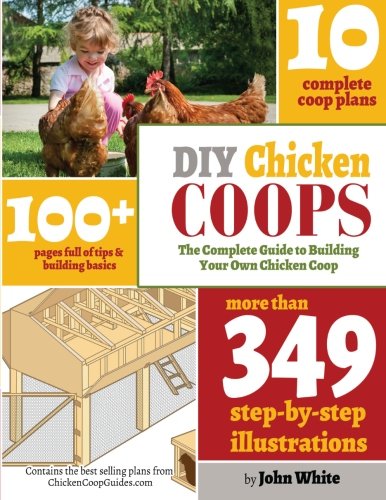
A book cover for DIY Chicken Coops: The Complete Guide To Building Your Own Chicken Coop; Mr John White; Crafts, Hobbies & Home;